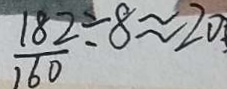
\frac { 1 8 2 } { 1 6 0 } \div 8 \approx 2 0